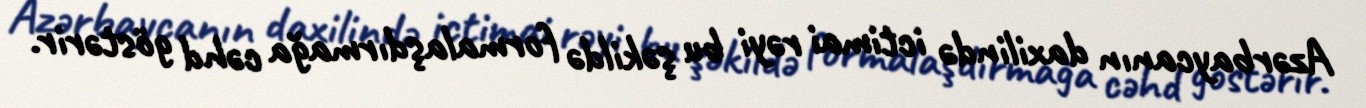
Azərbaycanın daxilində ictimai rəyi bu şəkildə formalaşdırmağa cəhd göstərir.